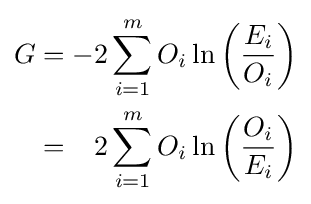
{\begin{alignedat}{2}G&=&\;-2\sum _{i=1}^{m}O_{i}\ln \left({\frac {E_{i}}{O_{i}}}\right)\\&=&2\sum _{i=1}^{m}O_{i}\ln \left({\frac {O_{i}}{E_{i}}}\right)\end{alignedat}}